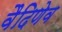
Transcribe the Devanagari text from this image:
वैदिणेव